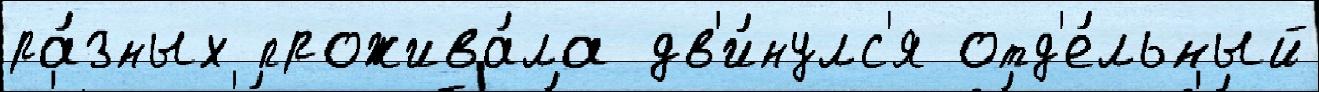
ра́зных прожива́ла дв'и́нулс'я отд'е́льный